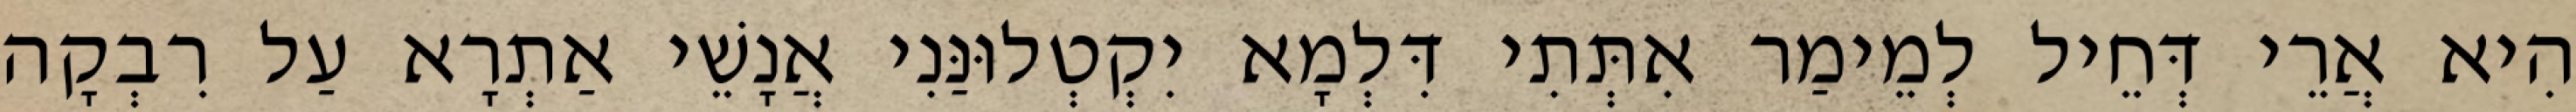
הִיא אֲרֵי דְּחֵיל לְמֵימַר אִתְּתִי דִּלְמָא יִקְטְלוּנַּנִי אֲנָשֵׁי אַתְרָא עַל רִבְקָה